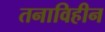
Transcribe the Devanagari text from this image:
तनाविहीन